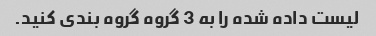
لیست داده شده را به 3 گروه گروه بندی کنید.